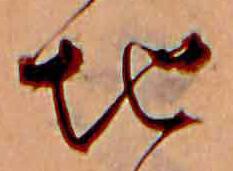
地